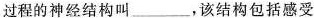
过程的神经结构叫___，该结构包括感受